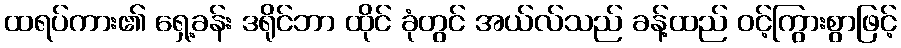
ထရပ်ကား၏ ရှေ့ခန်း ဒရိုင်ဘာ ထိုင် ခုံတွင် အယ်လ်သည် ခန့်ထည် ဝင့်ကြွားစွာဖြင့်